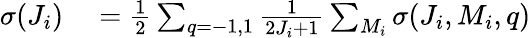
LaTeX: \begin{array}{rl}{\sigma(J_{i})}&{{}=\frac{1}{2}\sum_{q=-1,1}\frac{1}{2J_{i}+1}\sum_{M_{i}}\sigma(J_{i},M_{i},q)}\end{array}